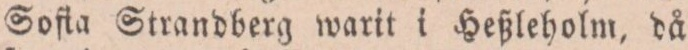
Soſia Strandberg warit i Heßleholm, då